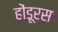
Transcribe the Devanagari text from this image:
होंडूरस